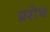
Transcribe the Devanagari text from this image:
प्ररोध